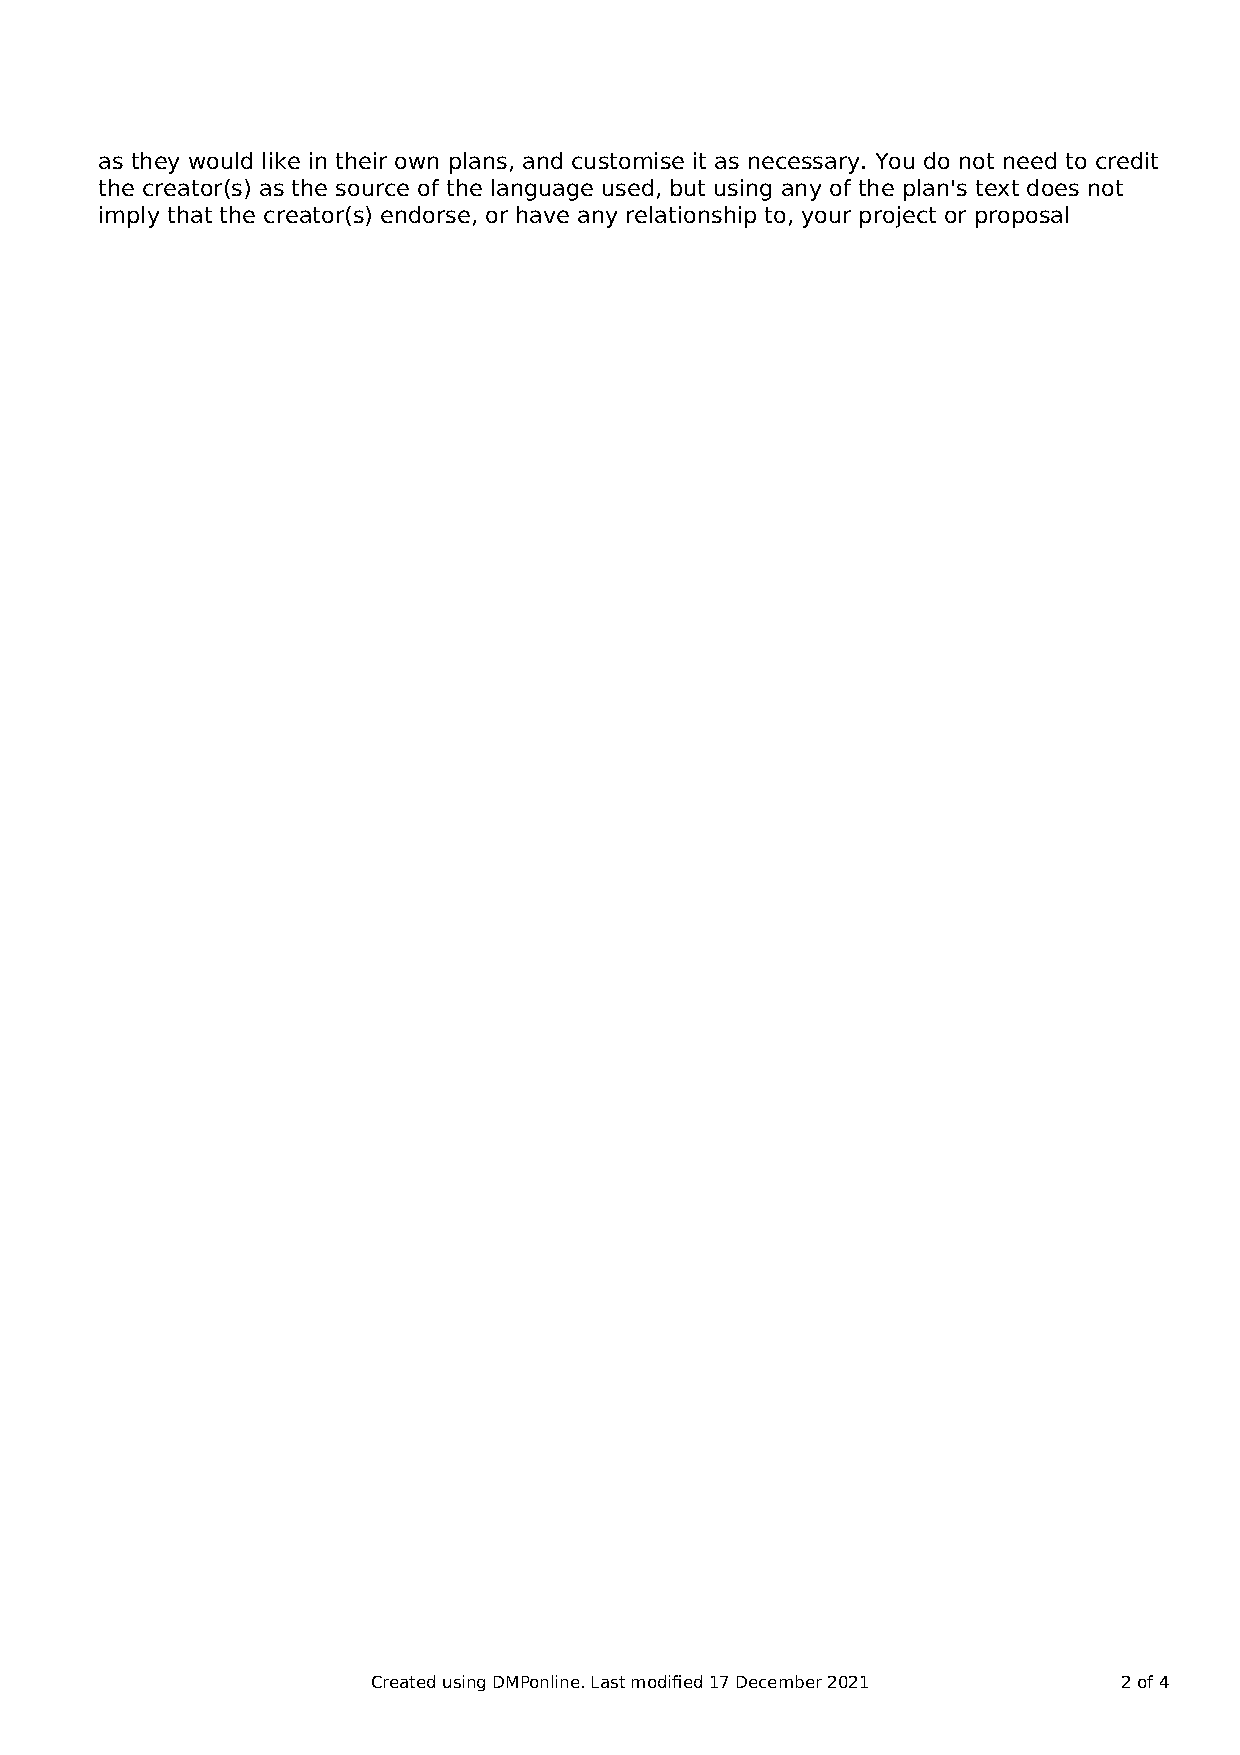
as they would like in their own plans, and customise it as necessary. You do not need to credit
 the creator(s) as the source of the language used, but using any of the plan's text does not
 imply that the creator(s) endorse, or have any relationship to, your project or proposal
 Created using DMPonline. Last modified 17 December 2021 2 of 4